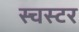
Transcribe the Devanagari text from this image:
स्चस्टर